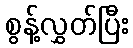
စွန့်လွှတ်ပြီး